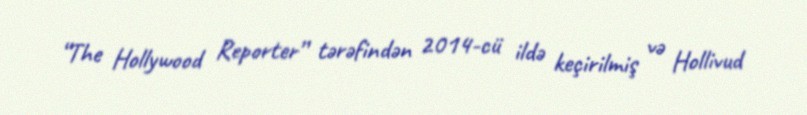
“The Hollywood Reporter” tərəfindən 2014-cü ildə keçirilmiş və Hollivud